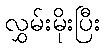
လွှမ်းမိုးပြီး